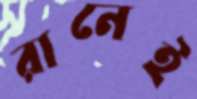
রানেই